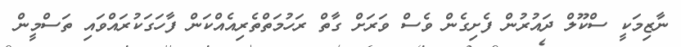
ނާޒިމަކީ ސްކޫލް ދައުރުން ފެށިގެން ވެސް ވަރަށް ގާތް ރަހުމަތްތެރިއެއްކަން ފާހަގަކުރައްވައި ތަސްމީން